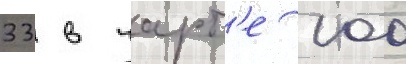
33 в чарт'е 100